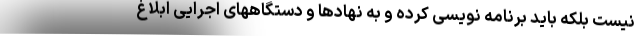
نیست بلکه باید برنامه نویسی کرده و به نهادها و دستگاههای اجرایی ابلاغ